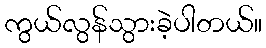
ကွယ်လွန်သွားခဲ့ပါတယ်။